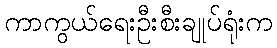
ကာကွယ်ရေးဦးစီးချုပ်ရုံးက